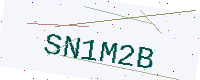
Text: SN1M2B